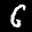
Label: 6